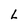
Character: L